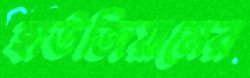
হাউজিয়ামের